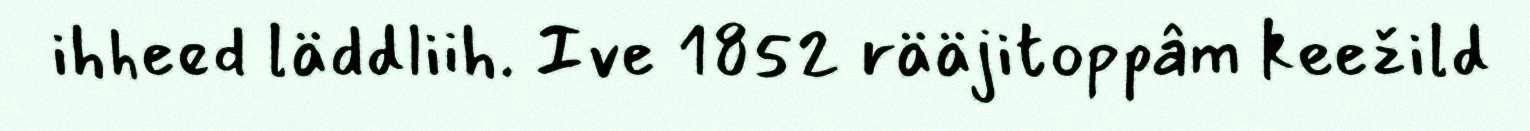
ihheed läddliih. Ive 1852 rääjitoppâm keežild